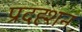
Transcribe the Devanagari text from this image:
प्रदह्शन